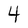
Character: 4